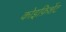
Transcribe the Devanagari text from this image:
कोइफ़िशेंट